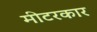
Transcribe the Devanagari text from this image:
मीटरकार